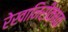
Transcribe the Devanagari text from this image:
रेखानिरीक्षक